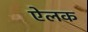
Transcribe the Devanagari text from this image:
ऐलक